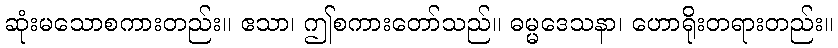
ဆုံးမသောစကားတည်း။ ဧသာ၊ ဤစကားတော်သည်။ ဓမ္မဒေသနာ၊ ဟောရိုးတရားတည်း။